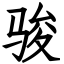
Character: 骏